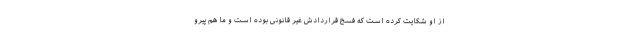
از او شکایت کرده است که فسخ قراردادش غیر قانونی بوده است و ما هم پیرو